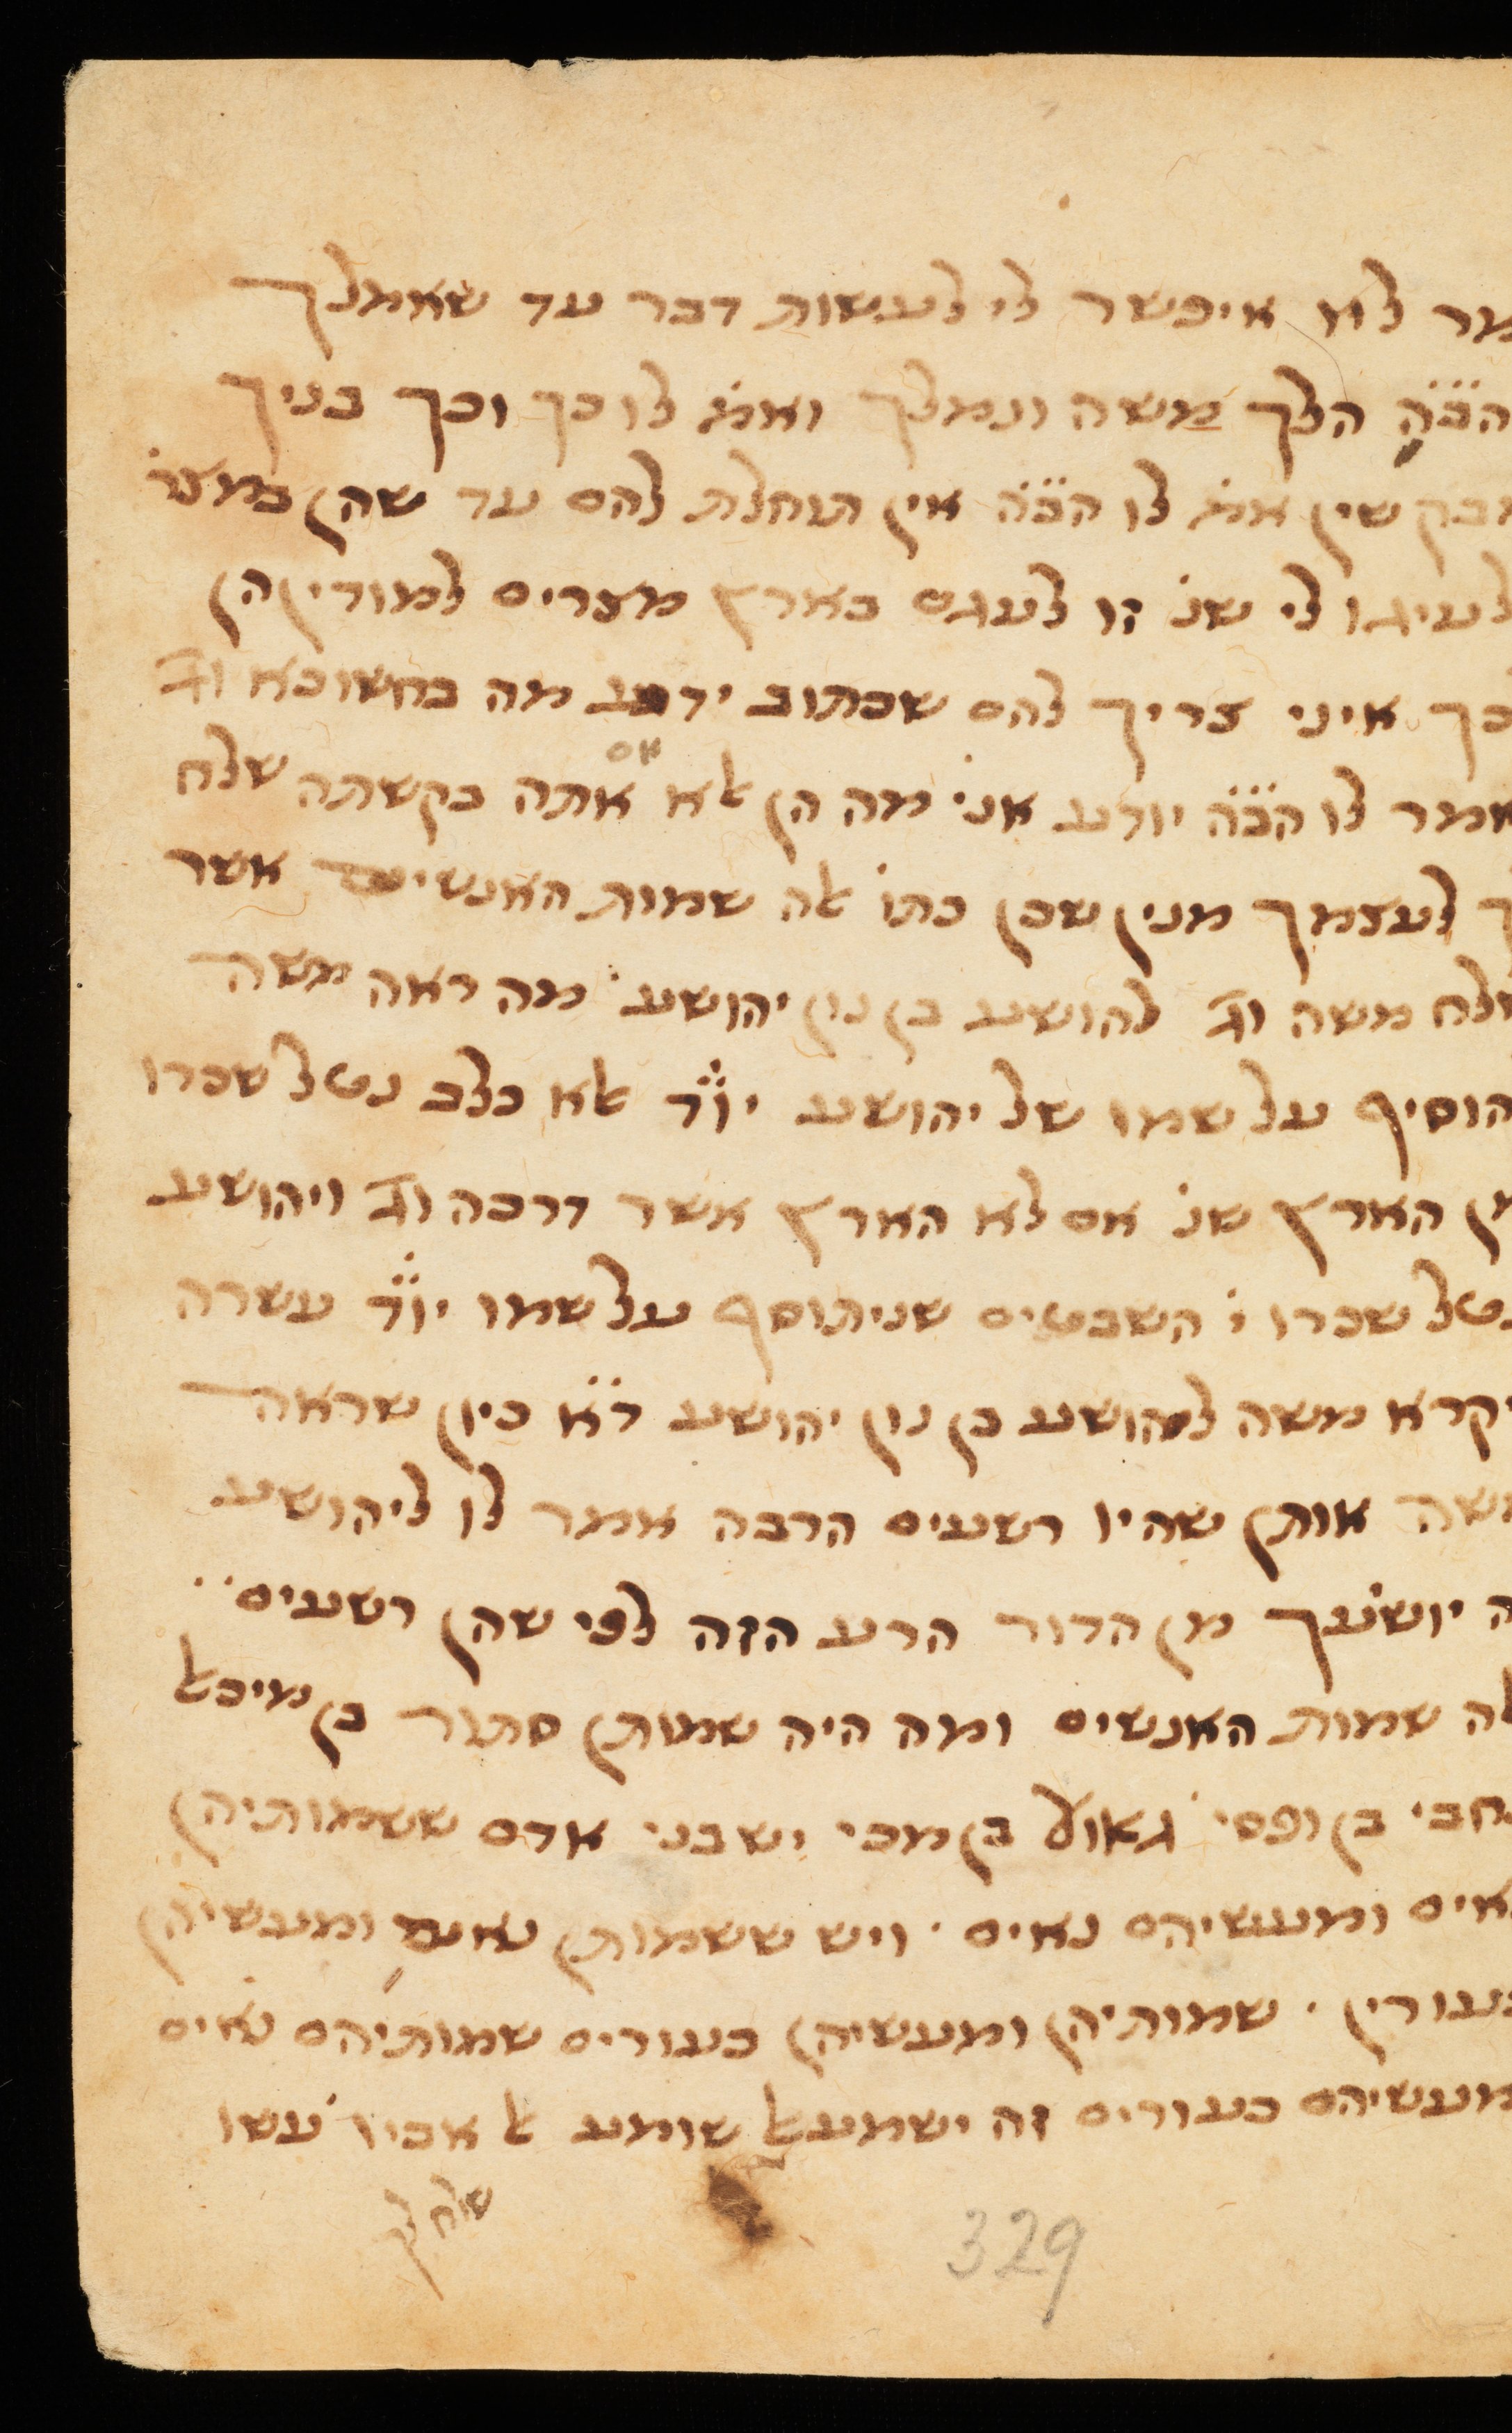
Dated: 1300–1399